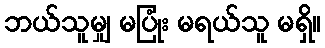
ဘယ်သူမျှ မပြုံး မရယ်သူ မရှိ။